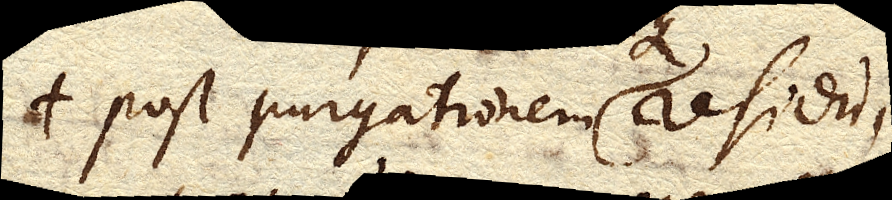
post purgationem residui